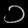
Digit: ၁